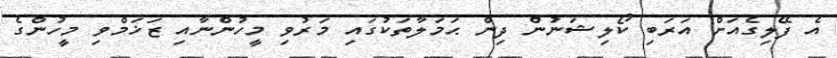
އެ ފޭލިގެއަށް އަރަބި ކޯލިޝަނުން ދިން ޙަމަލާތަކުގައި މަރުވި މީހުންނާއި ޒަޚަމްވި މީހުންގެ